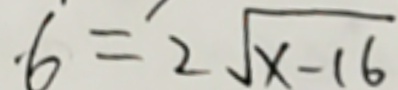
6 = 2 \sqrt { x - 1 6 }